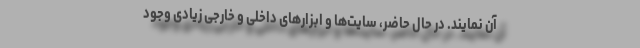
آن نمایند. در حال حاضر، سایت‌ها و ابزارهای داخلی و خارجی زیادی وجود